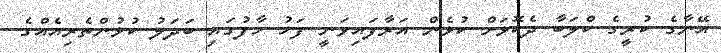
އޭނާގެ ކުރީގެ ކްލަބާ ދެކޮޅަށް ކުޅެން އަރާފައިވަނީ ފަހު ހާފުގައި ބަދަލު ކުޅުންތެރިއެއްގެ